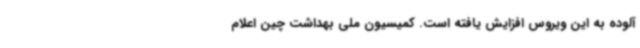
آلوده به این ویروس افزایش یافته است. کمیسیون ملی بهداشت چین اعلام